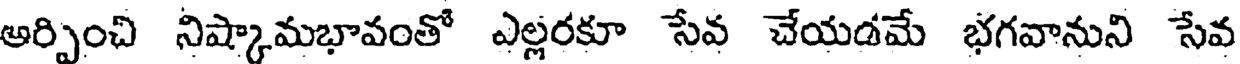
అర్పించి నిష్కామభావంతో ఎల్లరకూ సేవ చేయడమే భగవానుని సేవ